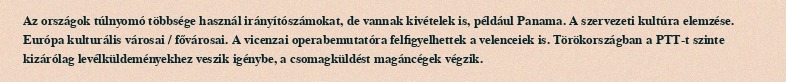
Az országok túlnyomó többsége használ irányítószámokat, de vannak kivételek is, például Panama. A szervezeti kultúra elemzése. Európa kulturális városai / fővárosai. A vicenzai operabemutatóra felfigyelhettek a velenceiek is. Törökországban a PTT-t szinte kizárólag levélküldeményekhez veszik igénybe, a csomagküldést magáncégek végzik.